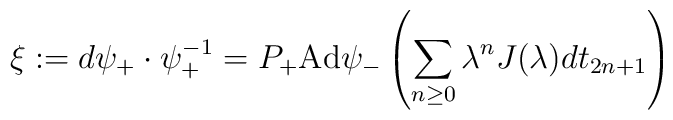
\xi:=d\psi_+\cdot\psi_+^{-1}=P_+\mbox{Ad}\psi_-\left(\sum_{n\geq0}\lambda^nJ(\lambda)dt_{2n+1}\right)